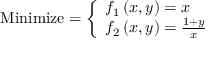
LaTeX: { \mathrm { M i n i m i z e } } = { \left\{ \begin{array} { l l } { f _ { 1 } \left( x , y \right) = x } \\ { f _ { 2 } \left( x , y \right) = { \frac { 1 + y } { x } } } \end{array} \right. }